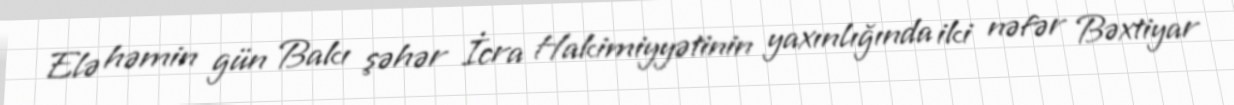
Elə həmin gün Bakı şəhər İcra Hakimiyyətinin yaxınlığında iki nəfər Bəxtiyar